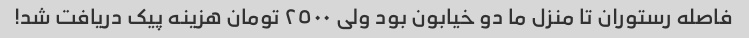
فاصله رستوران تا منزل ما دو خیابون بود ولی ٢٥٠٠ تومان هزینه پیک دریافت شد!